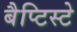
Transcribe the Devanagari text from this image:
बैप्टिस्टे